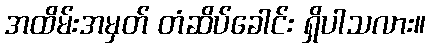
အထိမ်းအမှတ် တံဆိပ်ခေါင်း ရှိပါသလား။